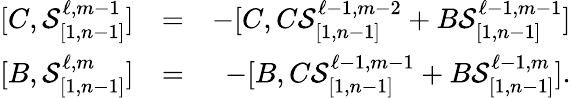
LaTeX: \begin{array}{rlr}{[C,\mathcal{S}_{[1,n-1]}^{\ell,m-1}]}&{=}&{-[C,C\mathcal{S}_{[1,n-1]}^{\ell-1,m-2}+B\mathcal{S}_{[1,n-1]}^{\ell-1,m-1}]}\\ {[B,\mathcal{S}_{[1,n-1]}^{\ell,m}]}&{=}&{-[B,C\mathcal{S}_{[1,n-1]}^{\ell-1,m-1}+B\mathcal{S}_{[1,n-1]}^{\ell-1,m}].}\end{array}